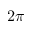
2 \pi